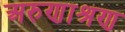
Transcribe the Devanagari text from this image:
अरुणाश्रण